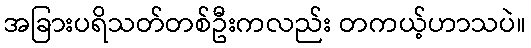
အခြားပရိသတ်တစ်ဦးကလည်း တကယ့်ဟာသပဲ။